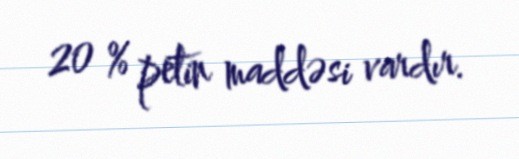
20 % petin maddəsi vardır.